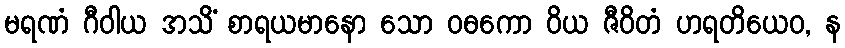
မရဏံ ဂီဝါယ အသိံ စာရယမာနော သော ဝဓကော ဝိယ ဇီဝိတံ ဟရတိယေဝ, န